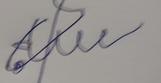
Signature authenticity: forged